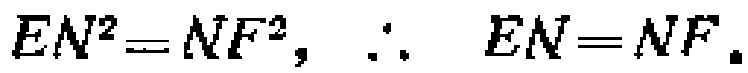
\(EN^{2}=NF^{2},\ \therefore\ EN = NF.\)